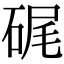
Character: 𥒮